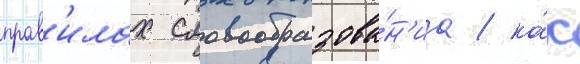
прав'илах словообразова́н'иа / ка́к